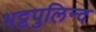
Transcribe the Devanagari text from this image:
भट्टपुलिन्द